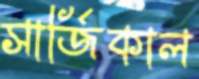
সার্জিকাল